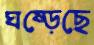
ঘষ্‌ড়েছে